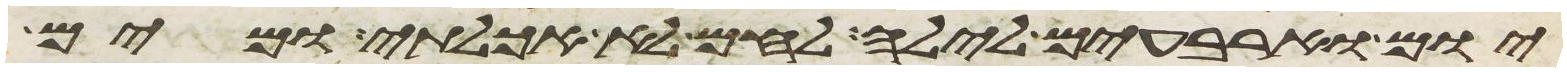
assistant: יום וארבעים לילה לחם לא אכלתי ומים